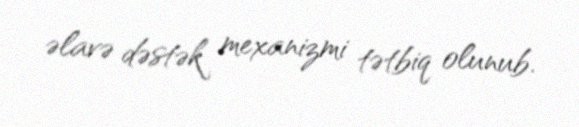
əlavə dəstək mexanizmi tətbiq olunub.